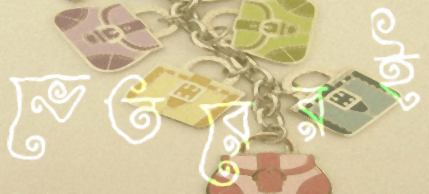
ভেতরেরই